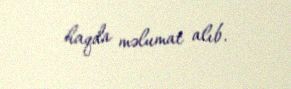
haqda məlumat alıb.